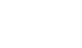
လေးဖြူ